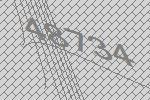
48734